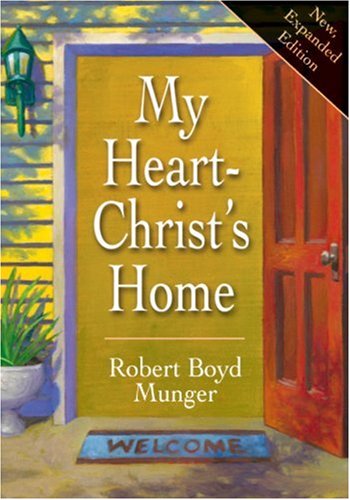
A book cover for My Heart-Christ's Home; Robert Boyd Munger; Christian Books & Bibles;